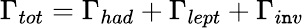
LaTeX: \Gamma_{tot}=\Gamma_{had}+\Gamma_{lept}+\Gamma_{i\mathtt{n}v}